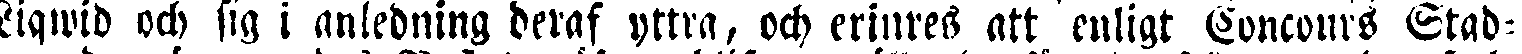
Liqwid och sig i anledning deraf yttra, och erinres att enligt Concours Stad-